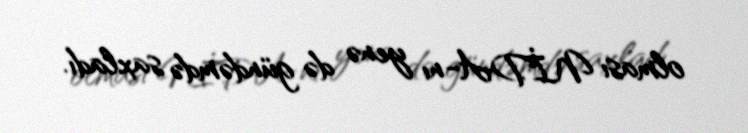
olması NİDA-nı yenə də gündəmdə saxladı.